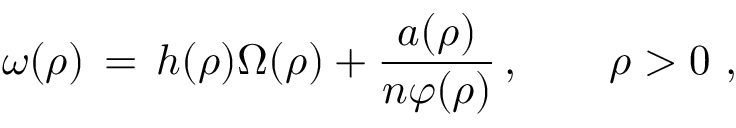
\omega ( \rho ) \, = \, h ( \rho ) \Omega ( \rho ) + \frac { a ( \rho ) } { n \varphi ( \rho ) } \, , \qquad \rho > 0 ~ ,